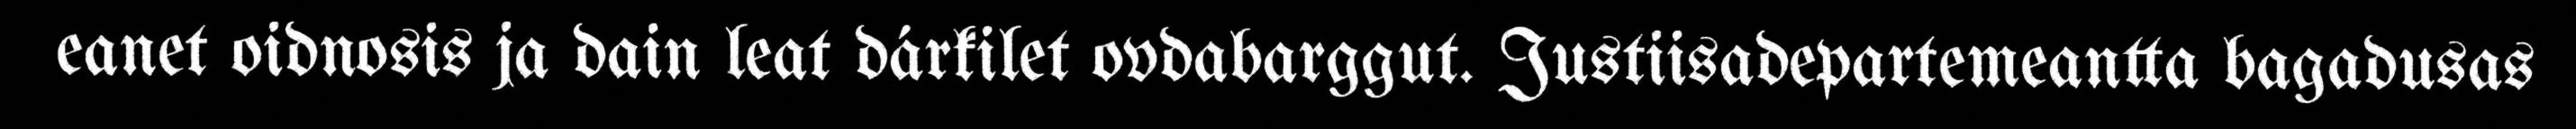
eanet oidnosis ja dain leat dárkilet ovdabarggut. Justiisadepartemeantta bagadusas